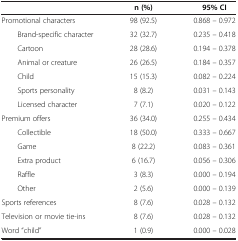
<table><thead><tr><td><b> </b></td><td><b>n (%)</b></td><td><b>95% CI</b></td></tr></thead><tbody><tr><td>Promotional characters</td><td>98 (92.5)</td><td>0.868 – 0.972</td></tr><tr><td>Brand-specific character</td><td>32 (32.7)</td><td>0.235 – 0.418</td></tr><tr><td>Cartoon</td><td>28 (28.6)</td><td>0.194 – 0.378</td></tr><tr><td>Animal or creature</td><td>26 (26.5)</td><td>0.184 – 0.357</td></tr><tr><td>Child</td><td>15 (15.3)</td><td>0.082 – 0.224</td></tr><tr><td>Sports personality</td><td>8 (8.2)</td><td>0.031 – 0.143</td></tr><tr><td>Licensed character</td><td>7 (7.1)</td><td>0.020 – 0.122</td></tr><tr><td>Premium offers</td><td>36 (34.0)</td><td>0.255 – 0.434</td></tr><tr><td>Collectible</td><td>18 (50.0)</td><td>0.333 – 0.667</td></tr><tr><td>Game</td><td>8 (22.2)</td><td>0.083 – 0.361</td></tr><tr><td>Extra product</td><td>6 (16.7)</td><td>0.056 – 0.306</td></tr><tr><td>Raffle</td><td>3 (8.3)</td><td>0.000 – 0.194</td></tr><tr><td>Other</td><td>2 (5.6)</td><td>0.000 – 0.139</td></tr><tr><td>Sports references</td><td>8 (7.6)</td><td>0.028 – 0.132</td></tr><tr><td>Television or movie tie-ins</td><td>8 (7.6)</td><td>0.028 – 0.132</td></tr><tr><td>Word “child”</td><td>1 (0.9)</td><td>0.000 – 0.028</td></tr></tbody></table>